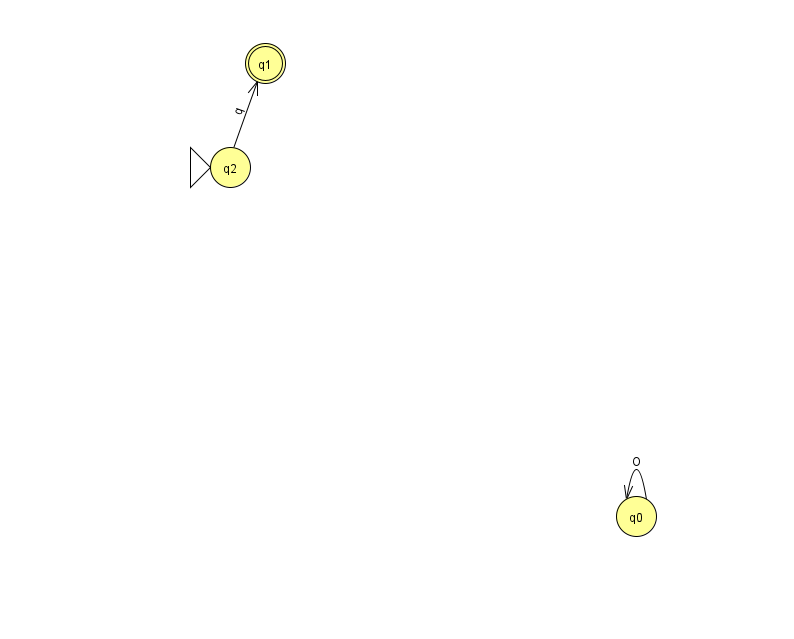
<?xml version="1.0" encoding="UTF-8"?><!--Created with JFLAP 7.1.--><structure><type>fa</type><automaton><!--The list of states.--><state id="0" name="q0"><x>636.0</x><y>503.0</y></state><state id="1" name="q1"><x>265.0</x><y>50.0</y><final/></state><state id="2" name="q2"><x>230.0</x><y>154.0</y><initial/></state><!--The list of transitions.--><transition><from>2</from><to>1</to><read>q</read></transition><transition><from>0</from><to>0</to><read>O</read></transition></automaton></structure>